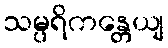
သမ္ပရိကန္တေယျ